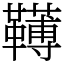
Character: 䪇